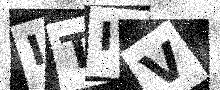
Text: ITIV